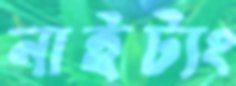
নাইট্যং